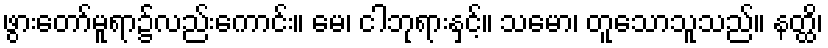
ဖွားတော်မူရာ၌လည်းကောင်း။ မေ၊ ငါဘုရားနှင့်။ သမော၊ တူသောသူသည်။ နတ္ထိ၊